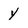
Character: y